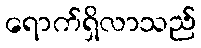
ရောက်ရှိလာသည်